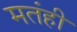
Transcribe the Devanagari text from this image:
मतंही